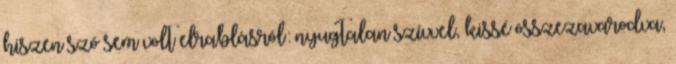
hiszen szó sem volt elrablásról: nyugtalan szívvel, kissé összezavarodva,